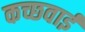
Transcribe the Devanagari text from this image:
कच्छवाई